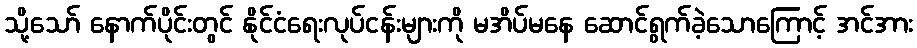
သို့သော် နောက်ပိုင်းတွင် နိုင်ငံရေးလုပ်ငန်းများကို မအိပ်မနေ ဆောင်ရွက်ခဲ့သောကြောင့် အင်အား